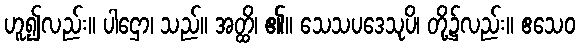
ဟူ၍လည်း။ ပါဌော၊ သည်။ အတ္ထိ၊ ၏။ သေသပဒေသုပိ၊ တို့၌လည်း။ ဧသေဝ